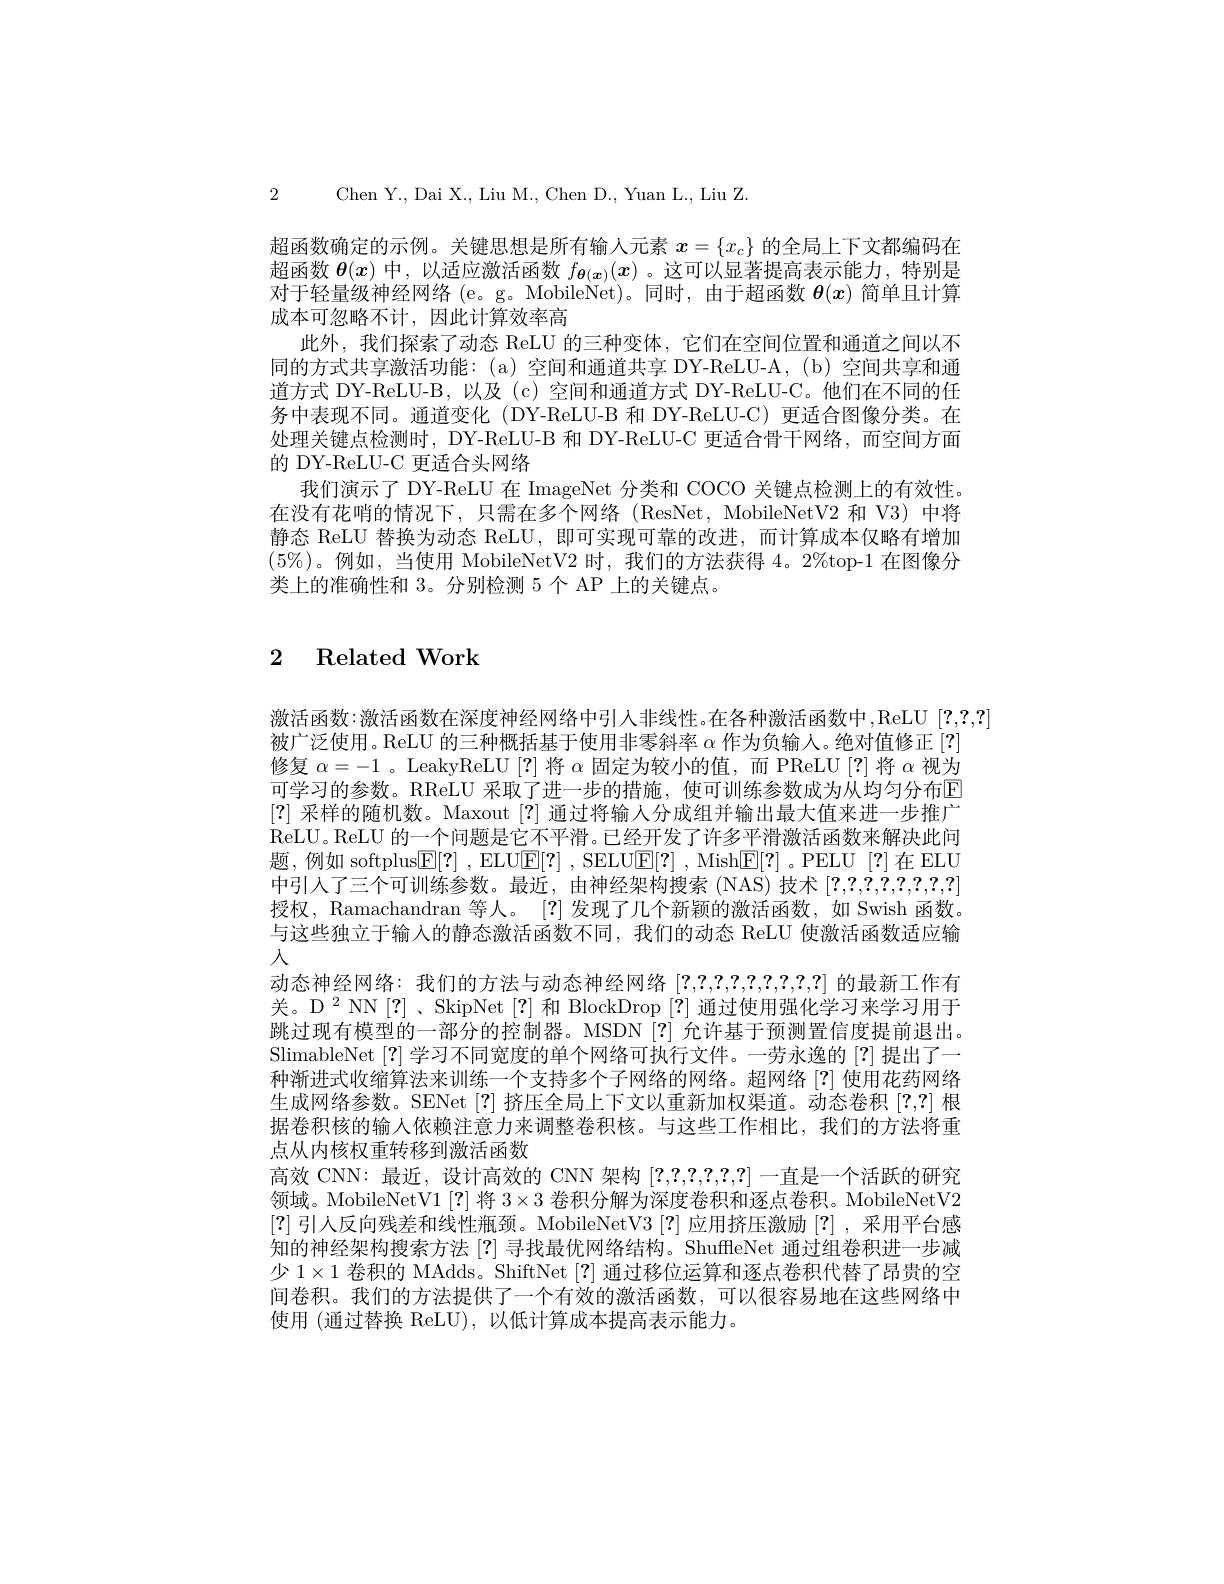
2 Chen Y., Dai X., Liu M., Chen D., Yuan L., Liu Z

超函数确定的示例。关键思想是所有输入元素$x=\left\{x_c\right\}$的全局上下文都编码在超函数$\boldsymbol{\theta}(x)$中，以适应激活函数$f_\boldsymbol{\theta}(\boldsymbol{x})(x)$ 。这可以显著提高表示能力，特别是对于轻量级神经网络(e。g。Mobile$\overset{\mathrm{N}}{\operatorname*{\operatorname*{Net}}})$。同时，由于超函数$\boldsymbol\theta(x)$简单且计算成本可忽略不计，因此计算效率高
此外，我们探索了动态 ReLU 的三种变体，它们在空间位置和通道之间以不同的方式共享激活功能：(a)空间和通道共享 DY-ReLU-A,(b)空间共享和通道方式 DY-ReLU-B, 以及 (c)空间和通道方式 DY-ReLU-C。他们在不同的任务中表现不同。通道变化 (DY-ReLU-B 和 DY-ReLU-C) 更适合图像分类。在处理关键点检测时，DY-ReLU-B 和 DY-ReLU-C 更适合骨干网络，而空间方面的 DY-ReLU-C 更适合头网络
我们演示了DY-ReLU 在 ImageNet 分类和 COCO 关键点检测上的有效性。在没有花哨的情况下，只需在多个网络(ResNet,MobileNetV2 和 V3)中将静态 ReLU 替换为动态 ReLU,即可实现可靠的改进，而计算成本仅略有增加$(5\%)$。例如，当使用 MobileNetV2 时，我们的方法获得 4。2%top-1 在图像分类上的准确性和 3。分别检测 5 个 AP 上的关键点。

# 2 Related Work

激活函数：激活函数在深度神经网络中引人非线性。在各种激活函数中，ReLU[?,2,?]
被广泛使用。ReLU 的三种概括基于使用非零斜率$\alpha$作为负输人。绝对值修正[?] 修复$\alpha=-1$ 。LeakyReLU [?]将$\alpha$固定为较小的值，而 PReLU [?]将$\alpha$视为可学习的参数。RReLU 采取了进一步的措施，使可训练参数成为从均匀分布E [?]采样的随机数。Maxout [?]通过将输人分成组并输出最大值来进一步推广ReLU。ReLU 的一个问题是它不平滑。已经开发了许多平滑激活函数来解决此问题，例如 softplus$\underline {\mathrm{E} }[ ? ]$ , ELUE[?] , SELUE[?] , Mish$\underline {\mathrm{E} }[ ? ]$ 。PELU [?]在 ELU 中引入了三个可训练参数。最近，由神经架构搜索 (NAS) 技术[?,?,?,?,?,?,?,?] 授权，Ramachandran 等人。[?] 发现了几个新颖的激活函数，如 Swish 函数。与这些独立于输入的静态激活函数不同，我们的动态 ReLU 使激活函数适应输入
动态神经网络：我们的方法与动态神经网络[?,?,?,?,?,?,?,?,?]的最新工作有关。D$^2$NN$\left[?\right]$、SkipNet $\left\lceil?\right\rceil$和 BlockDrop $\left\lceil?\right\rceil$通过使用强化学习来学习用于跳过现有模型的一部分的控制器。MSDN [?] 允许基于预测置信度提前退出。SlimableNet [?]学习不同宽度的单个网络可执行文件。一劳永逸的[?]提出了一种渐进式收缩算法来训练一个支持多个子网络的网络。超网络 [?] 使用花药网络生成网络参数。SENet [?]挤压全局上下文以重新加权渠道。动态卷积[?,?]根据卷积核的输入依赖注意力来调整卷积核。与这些工作相比，我们的方法将重点从内核权重转移到激活函数
高效 CNN: 最近，设计高效的 CNN 架构[?,?,?,?,?,?]一直是一个活跃的研究领域。MobileNetV1 [?] 将$3\times3$卷积分解为深度卷积和逐点卷积。MobileNetV2 [?]引人反向残差和线性瓶颈。MobileNetV3 [?] 应用挤压激励 [?] ,采用平台感知的神经架构搜索方法[?]寻找最优网络结构。ShuffleNet 通过组卷积进一步减少 1$\times1$卷积的 MAdds。ShiftNet [?] 通过移位运算和逐点卷积代替了昂贵的空间卷积。我们的方法提供了一个有效的激活函数，可以很容易地在这些网络中使用 (通过替换 ReLU), 以低计算成本提高表示能力。